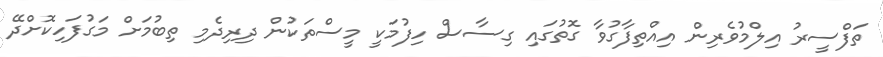
ތަފްސީރު އިލްމުވެރިން އިއްތިފާގުވާ ގޮތުގައި ގިސާސް ހިފުމަކީ މީސްތަކުން ދިރިދެމި ތިބުމަށް މަގުފަހިކޮށްދޭ